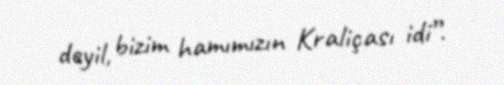
deyil, bizim hamımızın Kraliçası idi”.